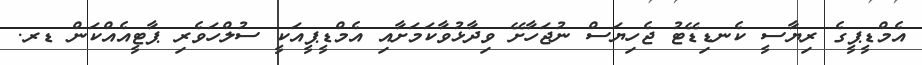
އެމްޑީޕީގެ ރިޔާސީ ކެނޑިޑޭޓު ޖެހިޔަސް ނުޖަހާށޭ ވިދާޅުވާކަމަށާއި އެމްޑީޕީއަކީ ސުލްހަވެރި ޕާޓީއެއްކަން ޑރ.